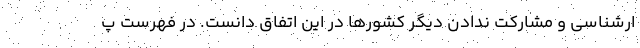
ارشناسی و مشارکت ندادن دیگر کشورها در این اتفاق دانست. در فهرست پ